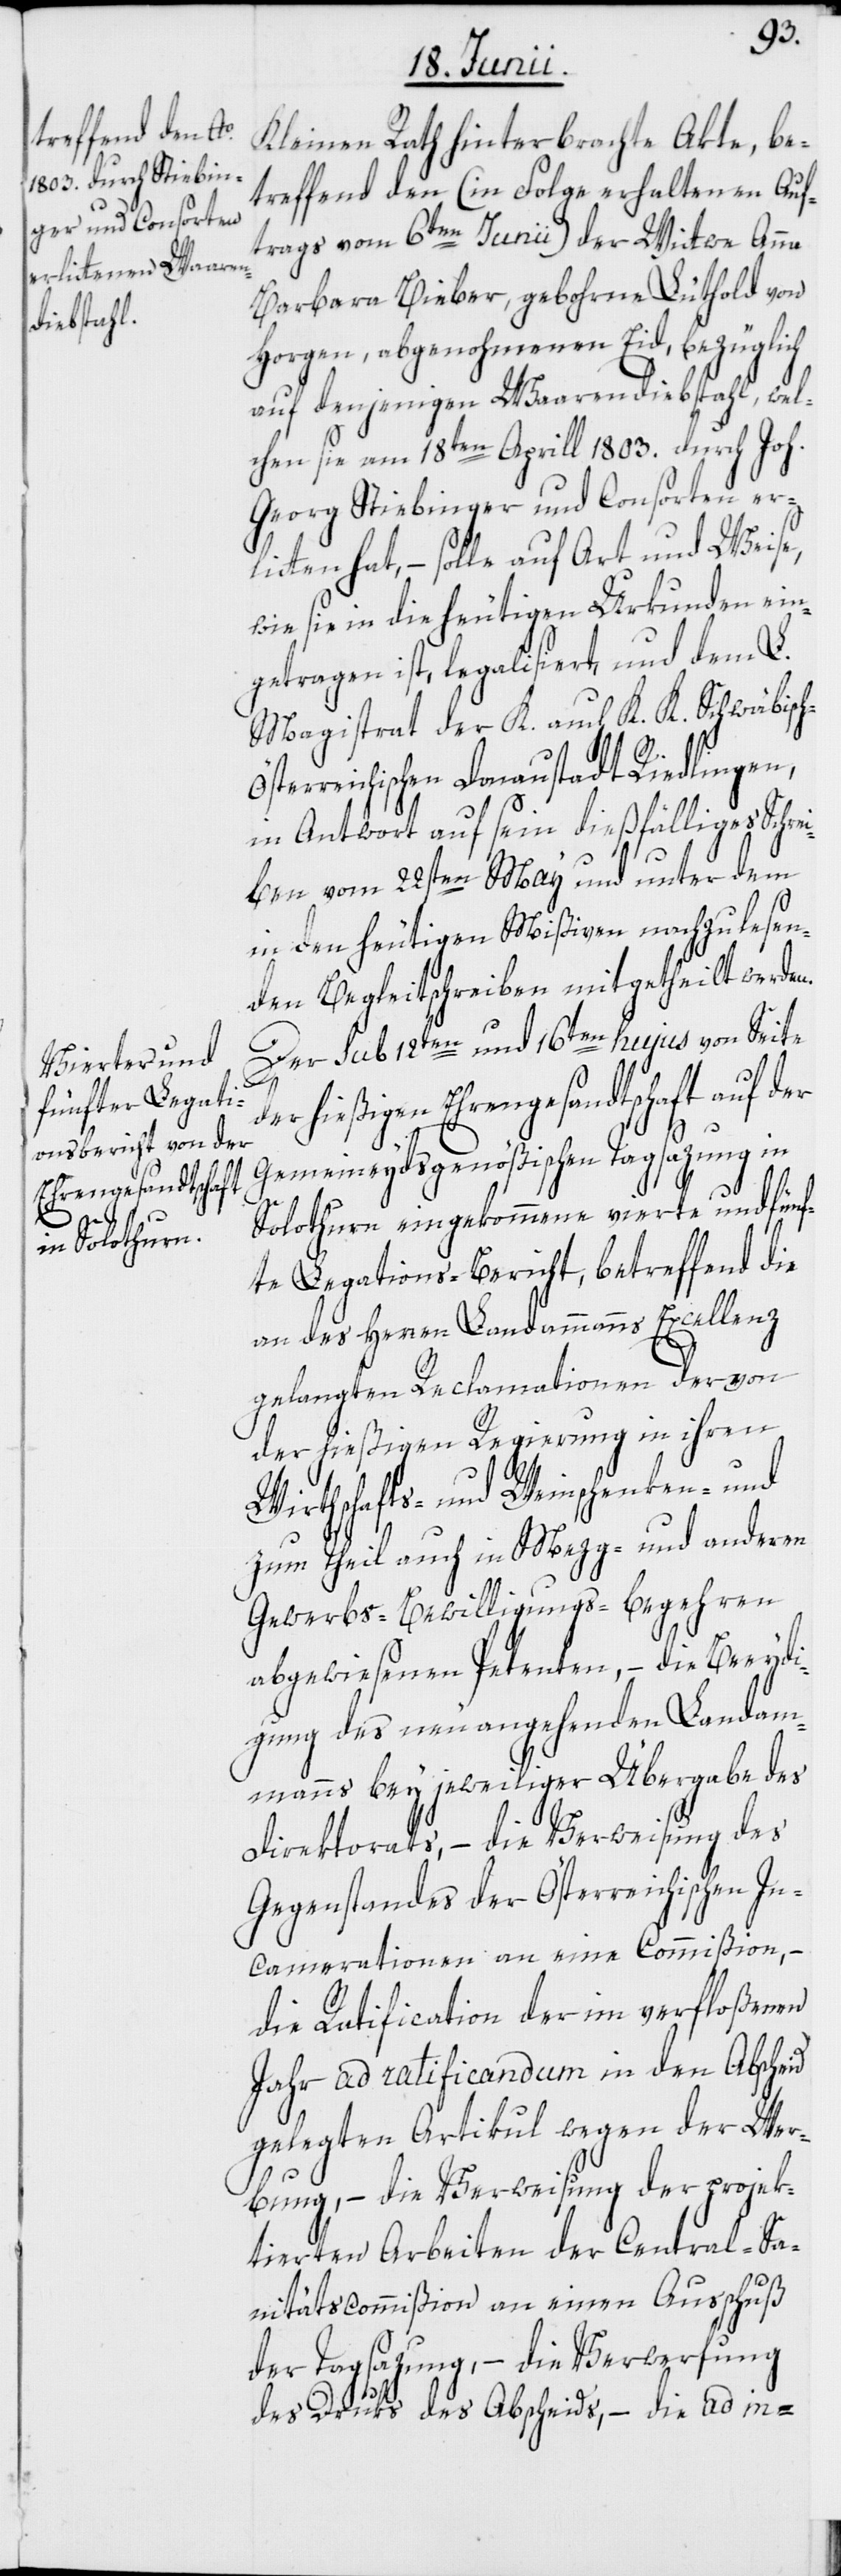
h-Ös¬
Kleinen Rath hinterbrachte Akte, be¬
treffend den (in Folge erhaltenen Auft¬
rags vom 6ten Junii) der Wittwe Anna
Barbara Bieber, gebohrne Lüthold von
Horgen, abgenohmenen Eid, bezüglich
auf denjenigen Waarendiebstahl, wel¬
chen sie am 18ten Aprill 1803. durch Joh.
Georg Stiebinger und Consorten erl¬
itten hat, – solle auf Art und Weise,
wie sie in die heutigen Urkunden ein¬
getragen ist, legalisiert, und dem L.
Magistrat der K. auch K. K. Schwäbisc¬
terreichischen Donaustadt Riedlingen,
in Antwort auf sein dießfälliges Schrei¬
ben vom 22sten May und unter dem
in den heutigen Mißiven nachzulesen¬
den Begleitschreiben mitgetheilt werden.
Der sub 12ten und 16ten hujus von Seite
der hießigen Ehrengesandtschaft auf der
Gemeineydsgenößischen Tagsazung in
Solothurn eingekommene vierte und fünf¬
te Legations-Bericht, betreffend die
an des Herren Landammanns Excellenz
gelangten Reclamationen der von
der hießigen Regierung in ihren
Wirthschafts- und Weinschenken- und
zum Theil auch in Mezg- und anderen
Gewerbs-Bewilligungs-Begehren
abgewiesenen Petenten, – die Beeydi¬
gung des neu angehenden Landam¬
manns bey jeweiliger Übergabe des
Direktorats, – die Verweisung des
Gegenstandes der Österreichischen In¬
camerationen an eine Commißion, –
die Ratification der im verfloßenen
Jahr ad ratificandum in den Abscheid
gelegten Artikul wegen der Wer¬
bung, – die Verweisung der projek¬
tierten Arbeiten der Central-Sa¬
nitätscommißion an einen Ausschuß
der Tagsazung, – die Verwerfung
des Druks des Abscheids, – die ad in-